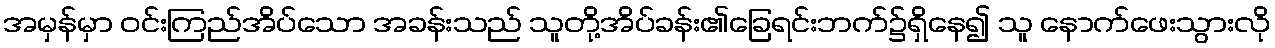
အမှန်မှာ ဝင်းကြည်အိပ်သော အခန်းသည် သူတို့အိပ်ခန်း၏ခြေရင်းဘက်၌ရှိနေ၍ သူ နောက်ဖေးသွားလို